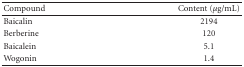
| Compound | Content (μg/mL) |
 | --- | --- |
 | Baicalin | 2194 |
 | Berberine | 120 |
 | Baicalein | 5.1 |
 | Wogonin | 1.4 |